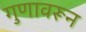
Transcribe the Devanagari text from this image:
गुणावरून